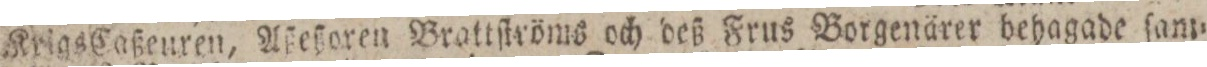
Krigs Caßeuren, Aßeßoren Brattſtröms och deß Frus Borgenärer behagade ſam=